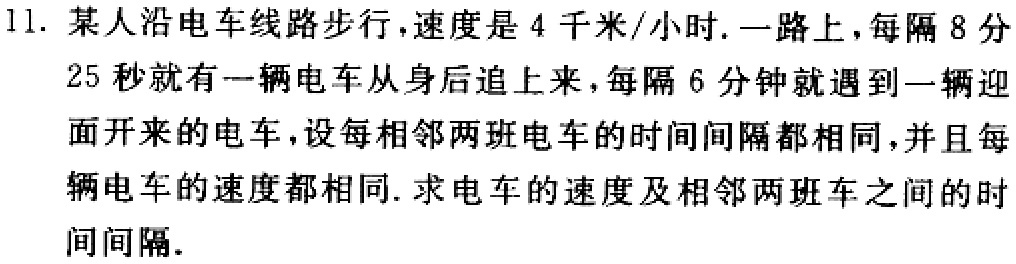
11. 某人沿电车线路步行，速度是4千米/小时. 一路上，每隔8分25秒就有一辆电车从身后追上来，每隔6分钟就遇到一辆迎面开来的电车，设每相邻两班电车的时间间隔都相同，并且每辆电车的速度都相同. 求电车的速度及相邻两班车之间的时间间隔.